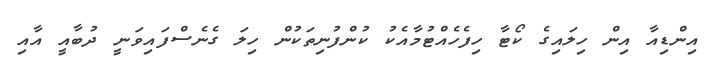
އިންޑިއާ އިން ހިލައިގެ ކޯޓާ ހިފެހެއްޓުމާއެކު ކުންފުނިތަކުން ހިލަ ގެނެސްފައިވަނީ ދުބާއީ އާއި